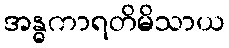
အန္ဓကာရတိမိသာယ